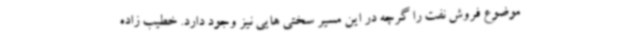
موضوع فروش نفت را گرچه در این مسیر سختی هایی نیز وجود دارد. خطیب زاده